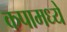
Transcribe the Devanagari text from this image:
कपामध्ये